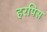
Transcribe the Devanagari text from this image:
हरपिस